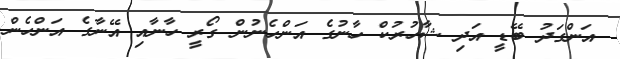
އަންގަދު ބޭޑީ އަދި ޝާހުރުކް ހާނުގެ އަންހެނުން ގޯރީ ހާނާއި އޭނާގެ އަންހެން